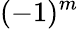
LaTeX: (-1)^{m}